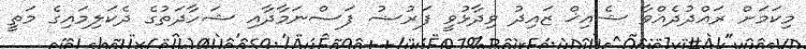
މިކަމަށް ރައްދުދެއްވާ ޝެއިޚް ޒައިދު ވިދާޅުވީ ފަރުޟު ފަސްނަމާދާއި ޝަހާދަތުގެ ދެކަލިމައިގެ މަތީ